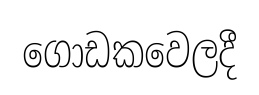
ගොඩකවෙලදී